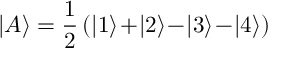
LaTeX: | A \rangle = \frac { 1 } { 2 } \, ( | 1 \rangle \! + \! | 2 \rangle \! - \! | 3 \rangle \! - \! | 4 \rangle )